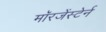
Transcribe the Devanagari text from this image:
मॉरजेंस्टेर्न